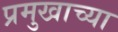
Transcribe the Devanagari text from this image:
प्रमुखाच्या